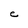
Character: e